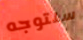
سنتوجه